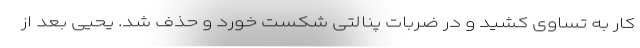
کار به تساوی کشید و در ضربات پنالتی شکست خورد و حذف شد. یحیی بعد از